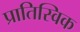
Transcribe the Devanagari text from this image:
प्रातिस्विक